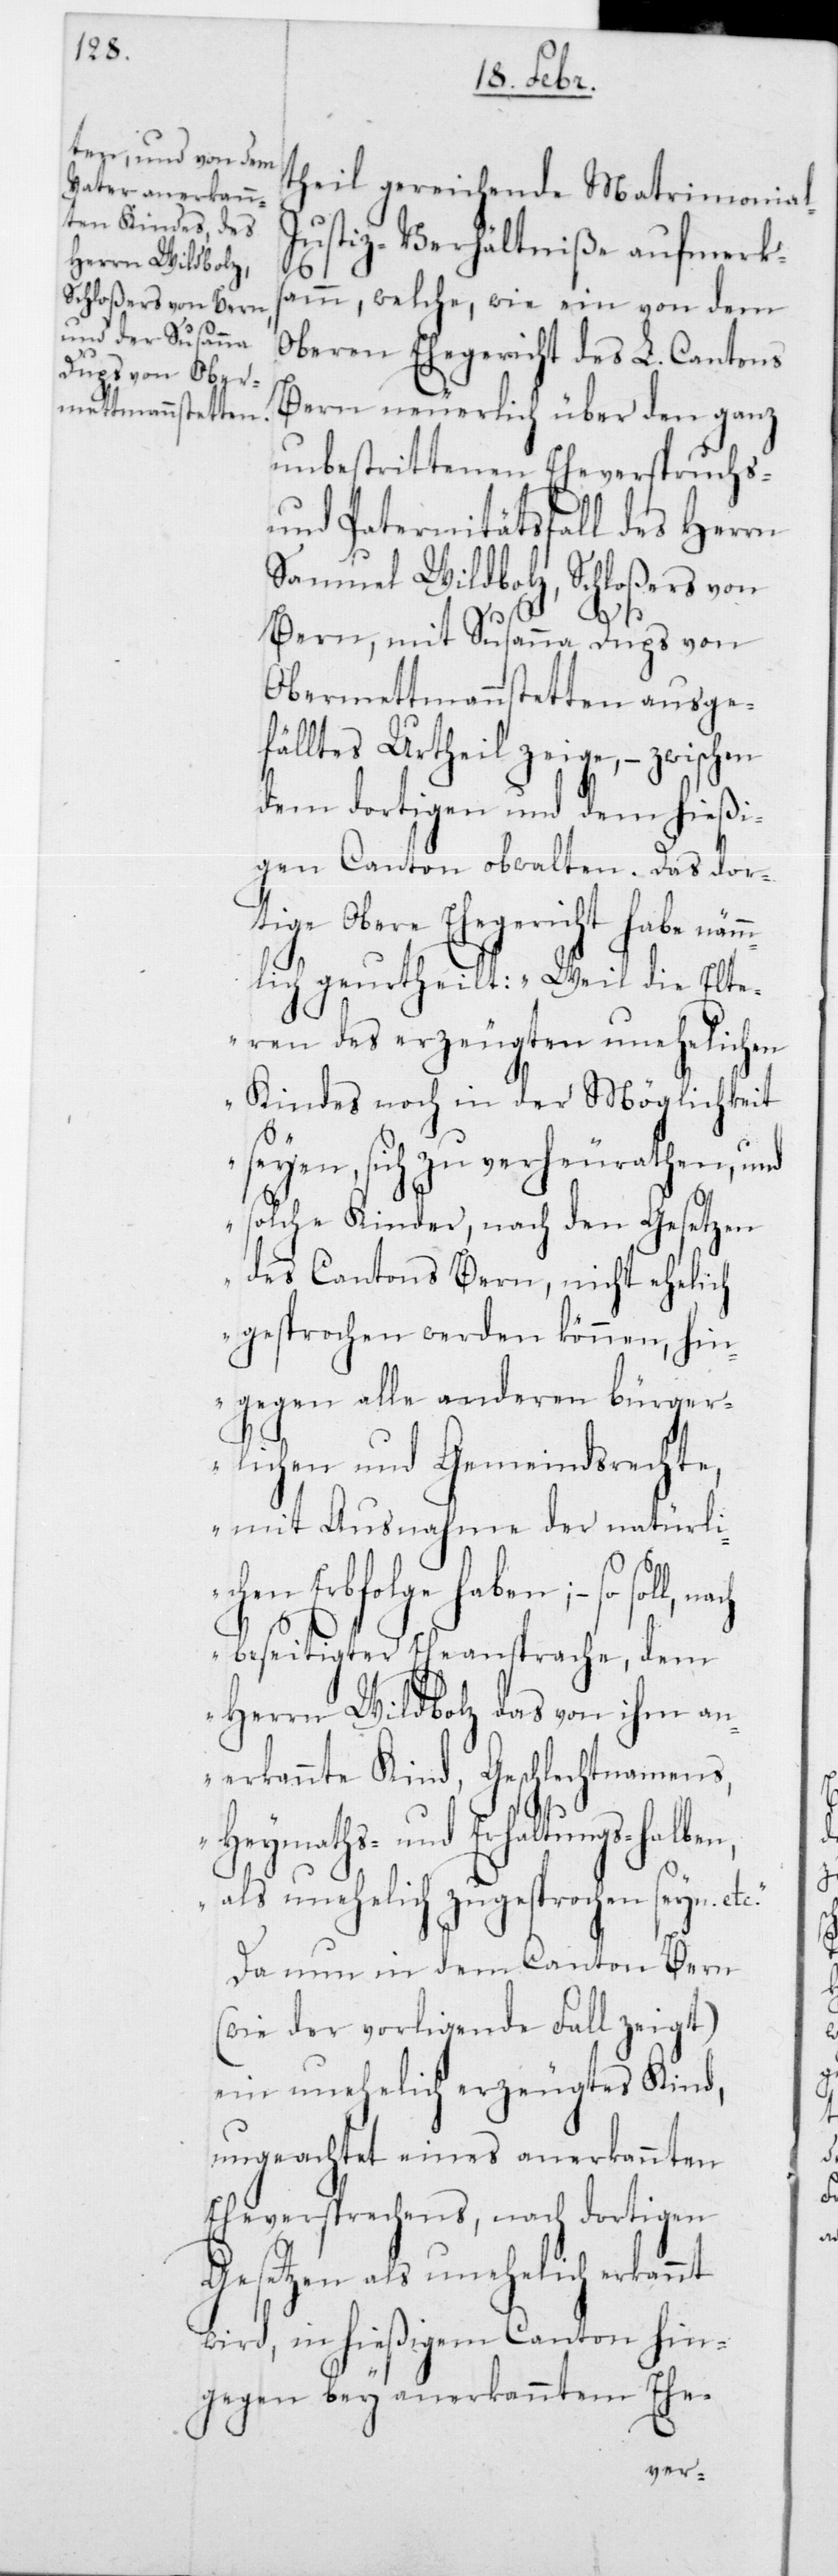
theil gereichende Matrimonial-J¬
ustiz-Verhältniße aufmerks¬
am, welche, wie ein von dem
Oberen Ehegericht des L. Cantons
Bern neuerlich über den ganz
unbestrittenen Eheverspruchs-
und Paternitätsfall des Herrn
Samuel Wildbolz, Schloßers von
Bern; mit Susanna Dups von
Obermettmennstetten ausge¬
fälltes Urtheil zeige, – zwischen
dem dortigen und dem hießi¬
gen Canton obwalten. Das dor¬
tige Obere Ehegericht habe näm¬
mlich geurtheilt: „Weil die Elt¬
eren des erzeugten unehelichen
Kindes noch in der Möglichkeit
seyen, sich zu verheurathen, und
solche Kinder, nach den Gesetzen
des Cantons Bern, nicht ehelich
gesprochen werden können, hin¬
gegen alle anderen bürger¬
lichen und Gemeindsrechte,
mit Ausnahme der natürlic¬
hen Erbfolge haben; – so
beseitigter Eheansprache, dem
Herrn Wildbolz das von ihm an¬
erkannte Kind, Geschlechtnamens,
Heymaths- und Erhaltungs-halben
als unehelich zugesprochen seyn
Da nun in dem Canton Bern
(wie der vorliegende Fall zeigt)
ein unehelich erzeugtes Kind,
ungeachtet eines anerkannten
Eheversprechens, nach dortigen
Gesetzen als unehelich erkannt
wird, in hießigem Canton hin¬
gegen bey anerkanntem Ehe-